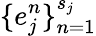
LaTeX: \{ e_{j}^{n}\} _{n=1}^{s_{j}}